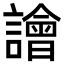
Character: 譮